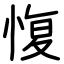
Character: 愎